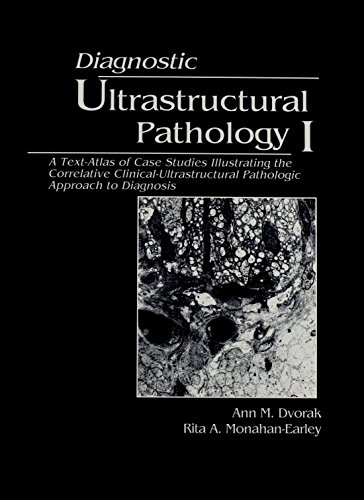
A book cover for Diagnostic Ultrastructural Pathology, Three Volume Set; Ann M. Dvorak; Science & Math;